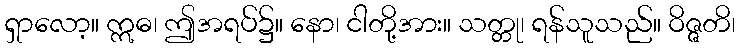
ရှာလော့။ ဣဓ၊ ဤအရပ်၌။ နော၊ ငါတို့အား။ သတ္တု၊ ရန်သူသည်။ ဝိဇ္ဇတိ၊